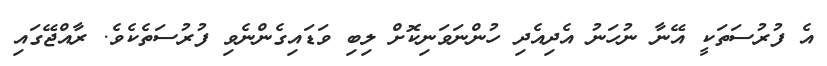
އެ ފުރުސަތަކީ އޭނާ ނުހަނު އެދިއެދި ހުންނަވަނިކޮށް ލިބި ވަޑައިގެންނެވި ފުރުސަތެކެވެ. ރާއްޖޭގައި